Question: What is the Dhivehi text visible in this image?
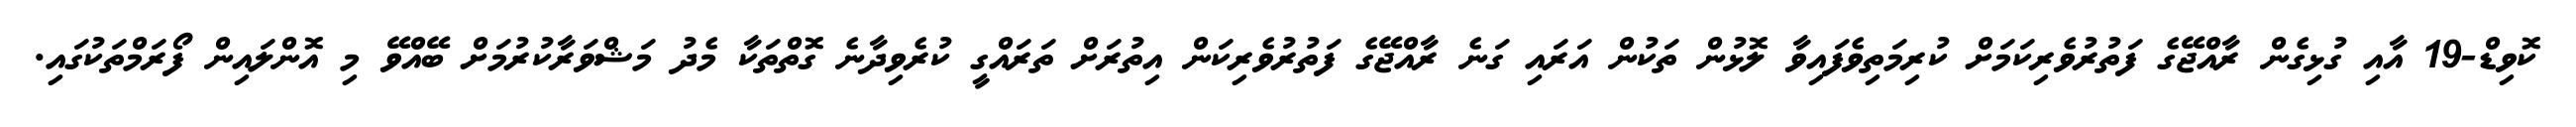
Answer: ކޮވިޑް-19 އާއި ގުޅިގެން ރާއްޖޭގެ ފަތުރުވެރިކަމަށް ކުރިމަތިވެފައިވާ ލޮޅުން ތަކުން އަރައި ގަނެ ރާއްޖޭގެ ފަތުރުވެރިކަން އިތުރަށް ތަރައްގީ ކުރެވިދާނެ ގޮތްތަކާ މެދު މަޝްވަރާކުރުމަށް ބޭއްވޭ މި އޮންލައިން ފޯރަމްތަކުގައި.